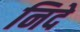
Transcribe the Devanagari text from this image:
निदे